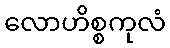
လောဟိစ္စကုလံ